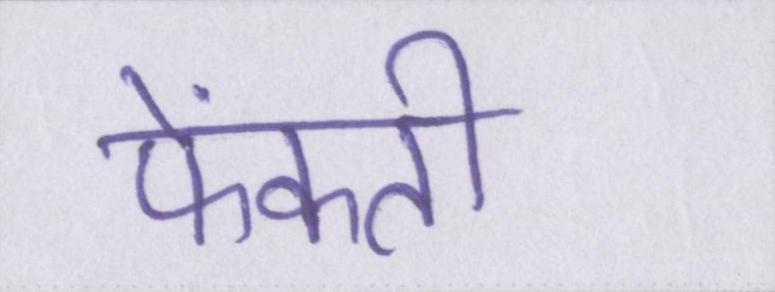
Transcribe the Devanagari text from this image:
फेंकती